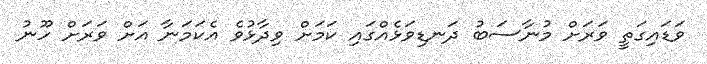
ވަޑައިގަތީ ވަރަށް މުނާސަބު ދަނޑިވަޅެއްގައި ކަމަށް ވިދާޅުވެ އެކަމަނާ އަށް ވަރަށް ހޫނު